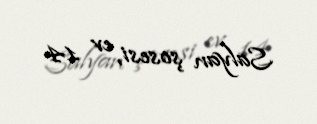
Salyan şosesi, ev 14